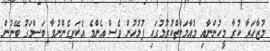
މުޒާހަރާ ކުރާ މީހުންނާއި މުއާމަލާތްކުރުމުގައި ފުލުހުން ވެސް އެންމެ އެކަށީގެންނުވާ ބަސްމަގު ބޭނުން